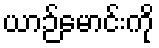
ယာဉ်မောင်းကို